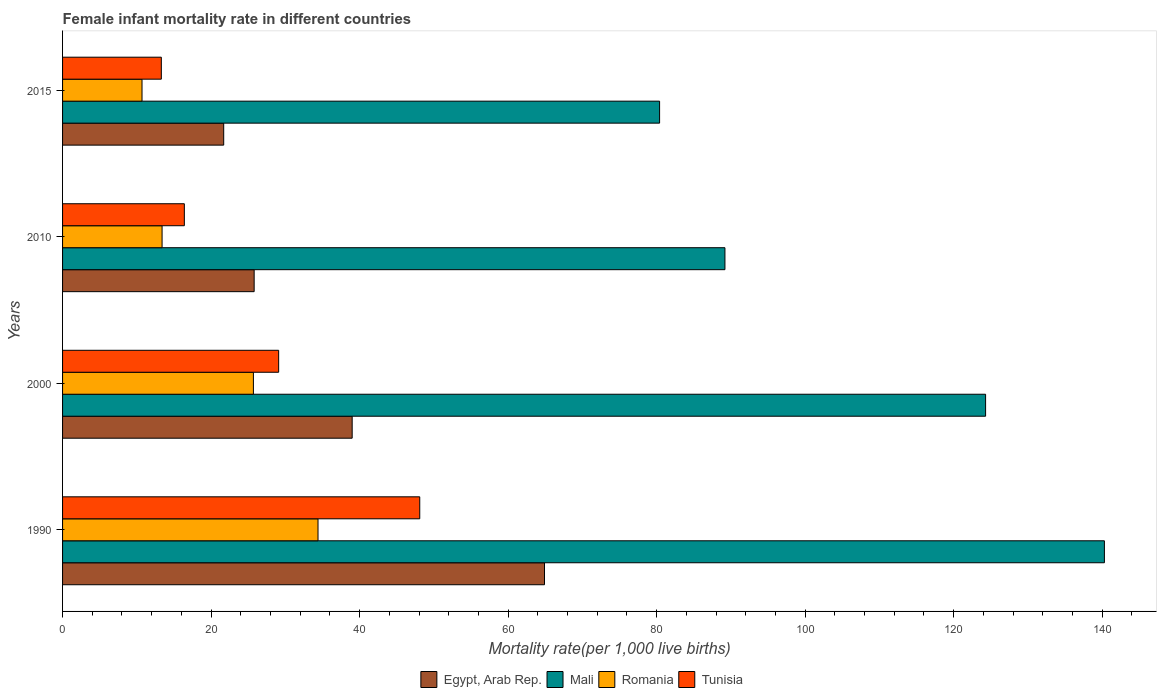
| Years | Egypt, Arab Rep. | Mali | Romania | Tunisia |
 | --- | --- | --- | --- | --- |
 | 1990 | 64.9 | 140 | 34.4 | 48.1 |
 | 2000 | 39 | 124 | 25.7 | 29.1 |
 | 2010 | 25.8 | 89.2 | 13.4 | 16.4 |
 | 2015 | 21.7 | 80.4 | 10.7 | 13.3 |